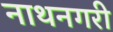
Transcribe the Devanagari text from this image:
नाथनगरी